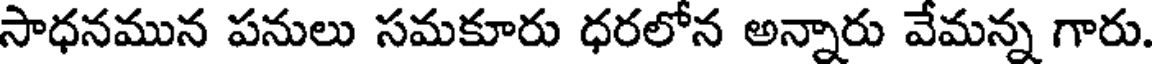
సాధనమున పనులు సమకూరు ధరలోన అన్నారు వేమన్న గారు.